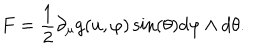
F = \frac { 1 } { 2 } \partial _ { \mu } g ( u , \varphi ) \sin ( \theta ) d \varphi \wedge d \theta .